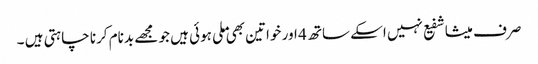
صرف میشا شفیع نہیں اسکے ساتھ 4 اور خواتین بھی ملی ہوئی ہیں جو مجھے بدنام کرنا چاہتی ہیں ۔